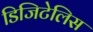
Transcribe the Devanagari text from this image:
डिजिटेलिस